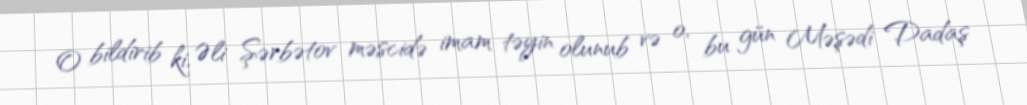
O bildirib ki, Əli Şərbətov məscidə imam təyin olunub və o, bu gün Məşədi Dadaş